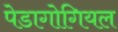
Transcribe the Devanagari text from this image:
पेडागोगियल